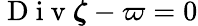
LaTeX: \mathrm{~D~i~v~}\boldsymbol{\zeta}-\varpi=0